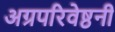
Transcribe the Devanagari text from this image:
अग्रपरिवेष्ठनी